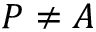
P \neq A